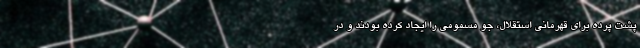
پشت پرده برای قهرمانی استقلال، جو مسمومی را ایجاد کرده بودند و در